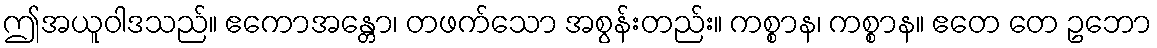
ဤအယူဝါဒသည်။ ဧကောအန္တော၊ တဖက်သော အစွန်းတည်း။ ကစ္စာန၊ ကစ္စာန။ ဧတေ တေ ဥဘော